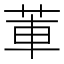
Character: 莗